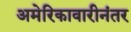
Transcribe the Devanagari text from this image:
अमेरिकावारीनंतर